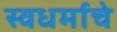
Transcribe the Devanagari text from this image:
स्वधर्माचे